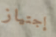
إجتياز